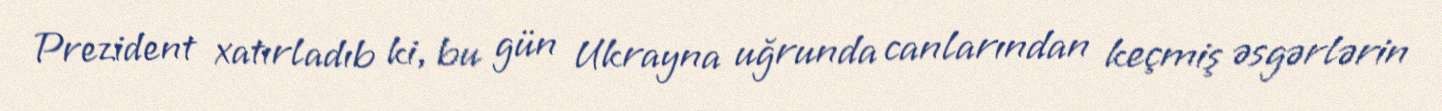
Prezident xatırladıb ki, bu gün Ukrayna uğrunda canlarından keçmiş əsgərlərin